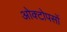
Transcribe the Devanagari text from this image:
ओक्टोपसों